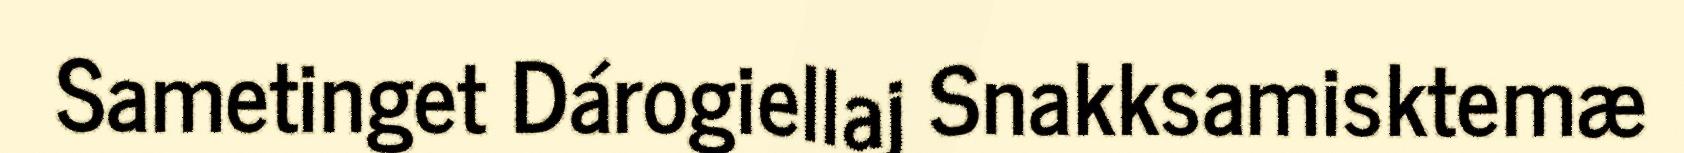
Sametinget Dárogiellaj Snakksamisktemæ